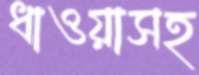
ধাওয়াসহ